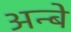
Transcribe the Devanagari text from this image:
अन्बे